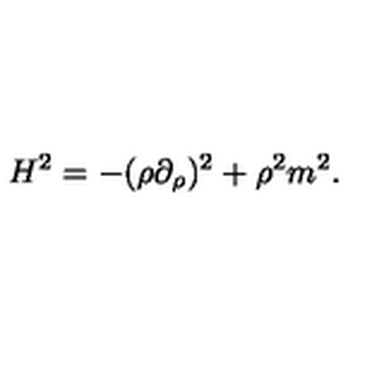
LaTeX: H ^ { 2 } = - ( \rho \partial _ { \rho } ) ^ { 2 } + \rho ^ { 2 } m ^ { 2 } .